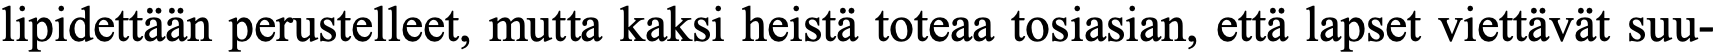
lipidettään perustelleet, mutta kaksi heistä toteaa tosiasian, että lapset viettävät suu-